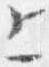
上